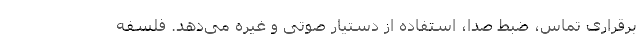
برقراری تماس، ضبط صدا، استفاده از دستیار صوتی و غیره می‌دهد. فلسفه